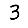
Digit: 3